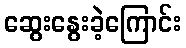
ဆွေးနွေးခဲ့ကြောင်း